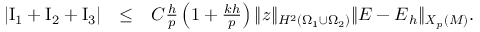
\begin{array} { r l r } { | \mathrm { I } _ { 1 } + \mathrm { I } _ { 2 } + \mathrm { I } _ { 3 } | } & { \le } & { C \frac { h } { p } \left( 1 + \frac { k h } p \right) \| \boldsymbol { z } \| _ { H ^ { 2 } ( \Omega _ { 1 } \cup \Omega _ { 2 } ) } \| { \boldsymbol { E } } - { \boldsymbol { E } } _ { h } \| _ { { \boldsymbol { X } } _ { p } ( { \cal M } ) } . } \end{array}